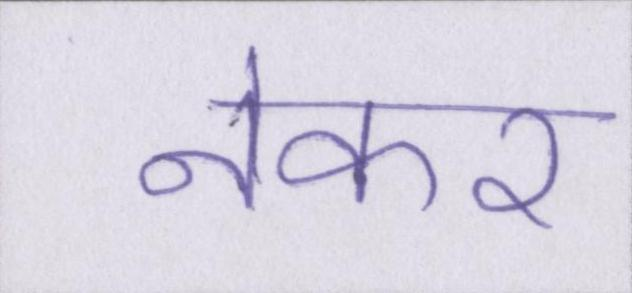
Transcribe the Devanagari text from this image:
नेकर